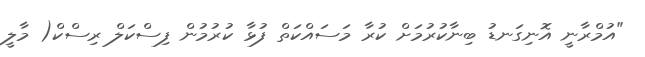
"އުމްރާނީ އޮނިގަނޑު ބިނާކުރުމަށް ކުރާ މަސައްކަތް ފުޅާ ކުރުމުން ފިސްކަލް ރިސްކް( މާލީ